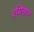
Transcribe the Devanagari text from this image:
एयिनार